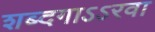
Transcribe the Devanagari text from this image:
शब्दगाऽऽरवा